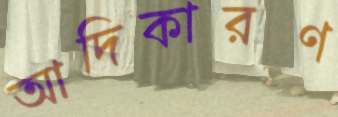
আদিকারণ